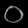
Digit: ၀